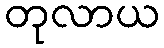
တုလာယ